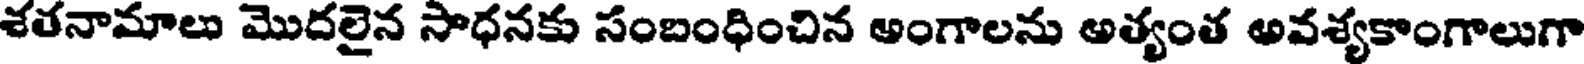
శతనామాలు మొదలైన సాధనకు సంబంధించిన అంగాలను అత్యంత అవశ్యకాంగాలుగా